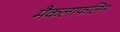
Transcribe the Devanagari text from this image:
मैकलाफलिन